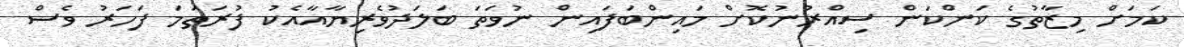
ކަމަށް މިޒާތުގެ ކަންކަން ސިއްރުނުކޮށް މައިންބަފައިން ނުވަތަ ބަލަދުވެރިޔާއާއެކު ފުރަތަމަ ފަހަރު ވެސް